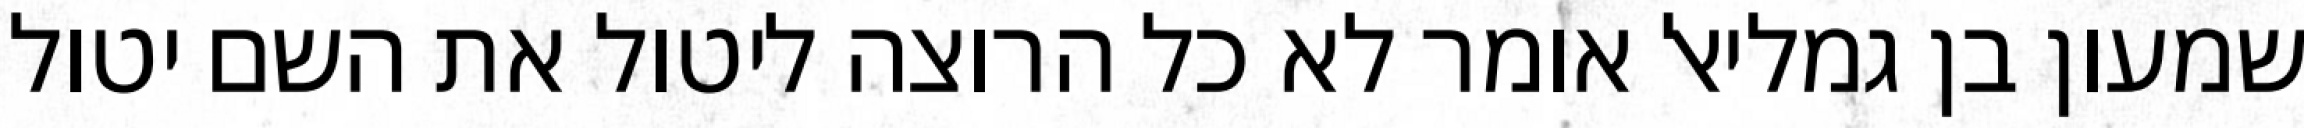
שמעון בן גמליאל אומר לא כל הרוצה ליטול את השם יטול